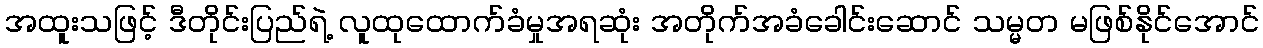
အထူးသဖြင့် ဒီတိုင်းပြည်ရဲ့ လူထုထောက်ခံမှုအရဆုံး အတိုက်အခံခေါင်းဆောင် သမ္မတ မဖြစ်နိုင်အောင်